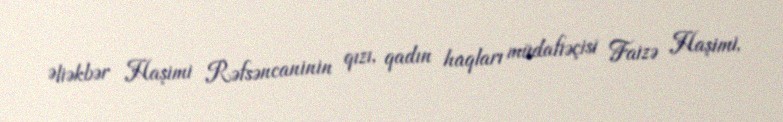
Əliəkbər Haşimi Rəfsəncaninin qızı, qadın haqları müdafiəçisi Faizə Haşimi,